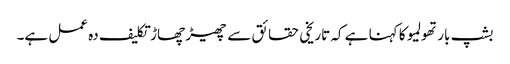
بشپ بارتھولمیو کا کہنا ہے کہ تاریخی حقائق سے چھیڑ چھاڑ تکلیف دہ عمل ہے۔